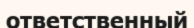
ответственный